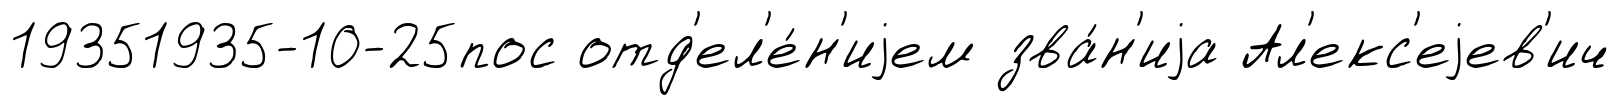
19351935-10-25пос отд'ел'е́н'иjем зва́н'иjа Ал'екс'еjев'ич